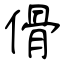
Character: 傦